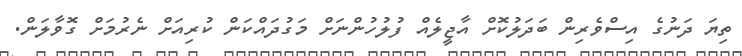
ތިޔަ ދަނުގެ އިސްވެރިން ބަދަލުކޮށް އާޖީލެއް ފުލުހުންނަށް މަގުދައްކަން ކުރިއަށް ނެރުމަށް ގޮވާލަން.